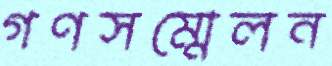
গণসম্মেলন